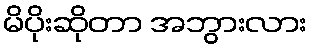
မိပိုးဆိုတာ အဘွားလား